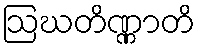
ဩဃတိဏ္ဏာတိ